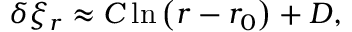
\begin{array} { r } { \delta \xi _ { r } \approx C \ln \left( r - r _ { 0 } \right) + D , } \end{array}